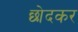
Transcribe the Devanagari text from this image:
छोदकर